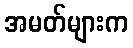
အမတ်များက